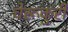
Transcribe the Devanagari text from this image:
चेरूकुरी